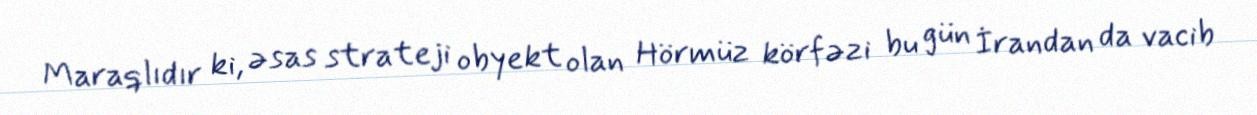
Maraqlıdır ki, əsas strateji obyekt olan Hörmüz körfəzi bu gün İrandan da vacib